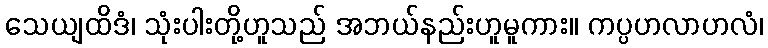
သေယျထိဒံ၊ သုံးပါးတို့ဟူသည် အဘယ်နည်းဟူမူကား။ ကပ္ပဟလာဟလံ၊